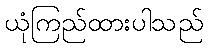
ယုံကြည်ထားပါသည်